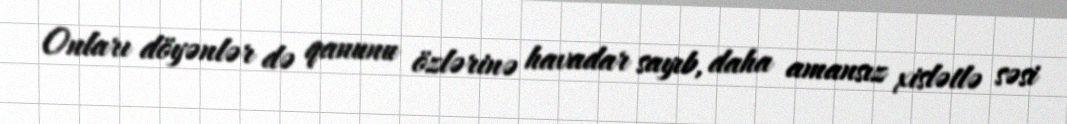
Onları döyənlər də qanunu özlərinə havadar sayıb, daha amansız xislətlə səsi